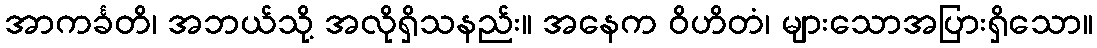
အာကင်္ခတိ၊ အဘယ်သို့ အလိုရှိသနည်း။ အနေက ဝိဟိတံ၊ များသောအပြားရှိသော။